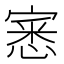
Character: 𭔎